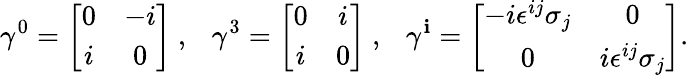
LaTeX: \gamma^{0}=\left[\begin{array}{cc}{{0}}&{{-i}}\\ {{i}}&{{0}}\end{array}\right]~,~~~\gamma^{3}=\left[\begin{array}{cc}{{0}}&{{i}}\\ {{i}}&{{0}}\end{array}\right]~,~~~\gamma^{\mathbf{i}}=\left[\begin{array}{cc}{{-i\epsilon^{ij}\sigma_{j}}}&{{0}}\\ {{0}}&{{i\epsilon^{ij}\sigma_{j}}}\end{array}\right].